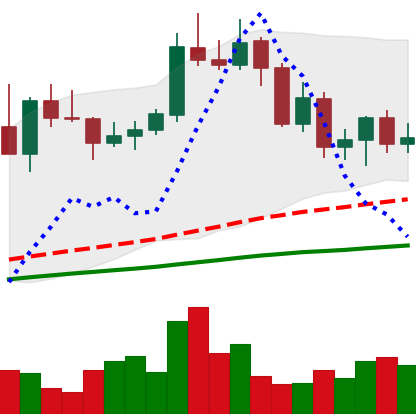
Ticker: NEO-USD
Chart end date: 2020-09-09
Forward return: 27.298%
Label: up_7plus